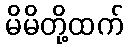
မိမိတို့ထက်